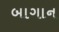
બાગાન